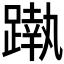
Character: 𨄴